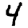
Digit: 4